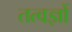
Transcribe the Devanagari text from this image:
तत्वज्ञों